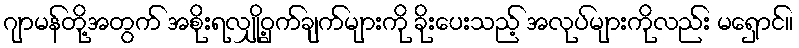
ဂျာမန်တို့အတွက် အစိုးရလျှို့ဝှက်ချက်များကို ခိုးပေးသည့် အလုပ်များကိုလည်း မရှောင်။